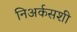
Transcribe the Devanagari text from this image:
निअर्कसशी